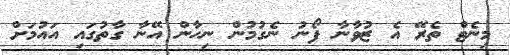
މިނެޓް ތެރޭ އެ ޒުވާނާ ފޯނު ނެގުމުން ނިހާން އޭނާ ގާތުގައި އައުމަށް